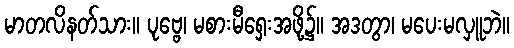
မာတလိနတ်သား။ ပုဗ္ဗေ၊ မစားမီရှေးအဖို့၌။ အဒတွာ၊ မပေးမလှူဘဲ။